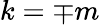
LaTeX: k=\mp m